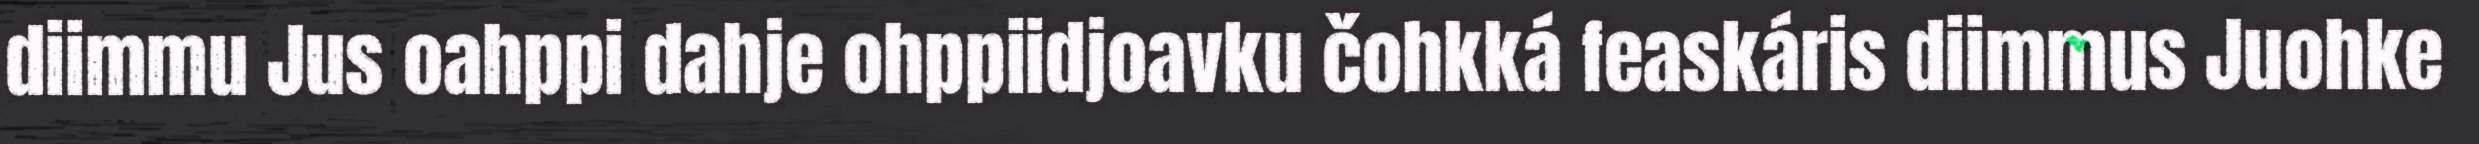
diimmu Jus oahppi dahje ohppiidjoavku čohkká feaskáris diimmus Juohke